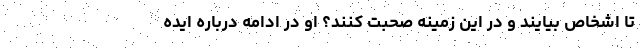
تا اشخاص بیایند و در این زمینه صحبت کنند؟ او در ادامه درباره ایده